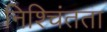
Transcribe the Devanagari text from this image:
निश्चिंतता